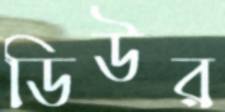
ডিউর